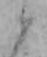
か